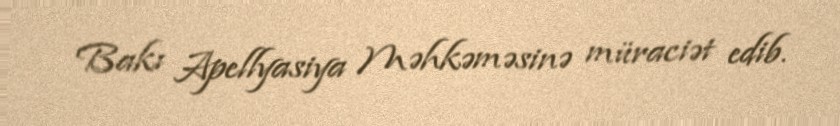
Bakı Apellyasiya Məhkəməsinə müraciət edib.